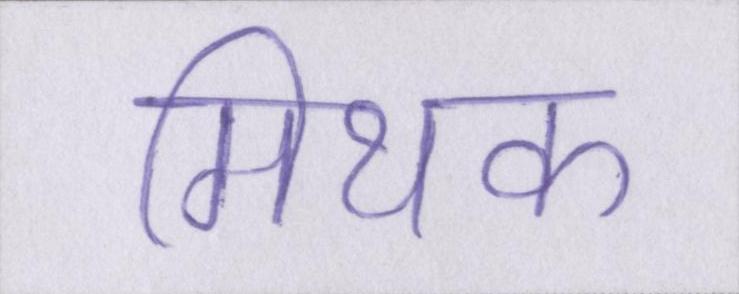
मिथक